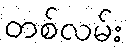
တစ်လမ်း